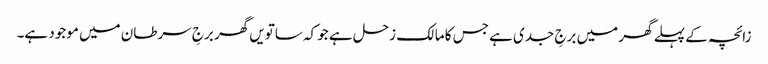
زائچہ کے پہلے گھر میں برجِ جدی ہے جس کا مالک زحل ہے جو کہ ساتویں گھر برجِ سرطان میں موجود ہے۔